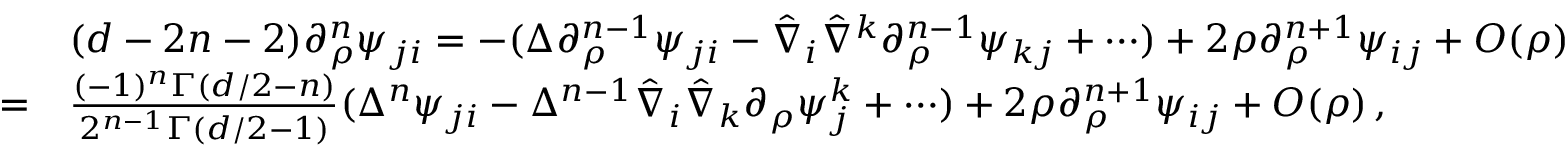
\begin{array} { r l } & { ( d - 2 n - 2 ) \partial _ { \rho } ^ { n } \psi _ { j i } = - ( \Delta \partial _ { \rho } ^ { n - 1 } \psi _ { j i } - \hat { \nabla } _ { i } \hat { \nabla } ^ { k } \partial _ { \rho } ^ { n - 1 } \psi _ { k j } + \cdots ) + 2 \rho \partial _ { \rho } ^ { n + 1 } \psi _ { i j } + O ( \rho ) } \\ { = } & { \frac { ( - 1 ) ^ { n } \Gamma ( d / 2 - n ) } { 2 ^ { n - 1 } \Gamma ( d / 2 - 1 ) } ( \Delta ^ { n } \psi _ { j i } - \Delta ^ { n - 1 } \hat { \nabla } _ { i } \hat { \nabla } _ { k } \partial _ { \rho } \psi ^ { k } _ { j } + \cdots ) + 2 \rho \partial _ { \rho } ^ { n + 1 } \psi _ { i j } + O ( \rho ) \, , } \end{array}